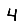
Digit: 4